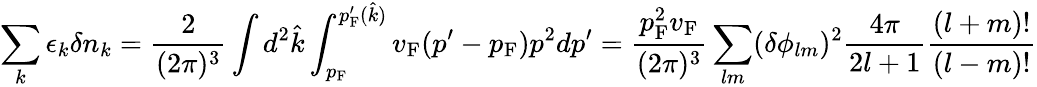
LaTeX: \sum_{k}\epsilon_{k}\delta n_{k}={\frac{2}{(2\pi)^{3}}}\int d^{2}{\hat{k}}\int_{p_{\mathrm{{F}}}}^{p_{\mathrm{{F}}}^{\prime}({\hat{k}})}v_{\mathrm{{F}}}(p^{\prime}-p_{\mathrm{{F}}})p^{2}dp^{\prime}={\frac{p_{\mathrm{{F}}}^{2}v_{\mathrm{{F}}}}{(2\pi)^{3}}}\sum_{lm}(\delta\phi_{lm})^{2}{\frac{4\pi}{2l+1}}{\frac{(l+m)!}{(l-m)!}}